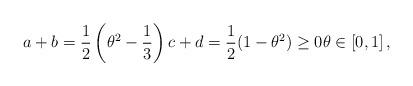
LaTeX: \begin{align*}a+b=\frac{1}{2}\left( \theta^{2}-\frac{1}{3}\right) c+d=\frac{1}{2}( 1-\theta^{2}) \geq0 \theta\in\left[ 0,1\right], \end{align*}